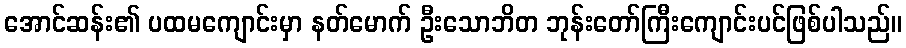
အောင်ဆန်း၏ ပထမကျောင်းမှာ နတ်မောက် ဦးသောဘိတ ဘုန်းတော်ကြီးကျောင်းပင်ဖြစ်ပါသည်။